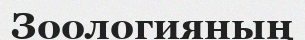
Зоологияның